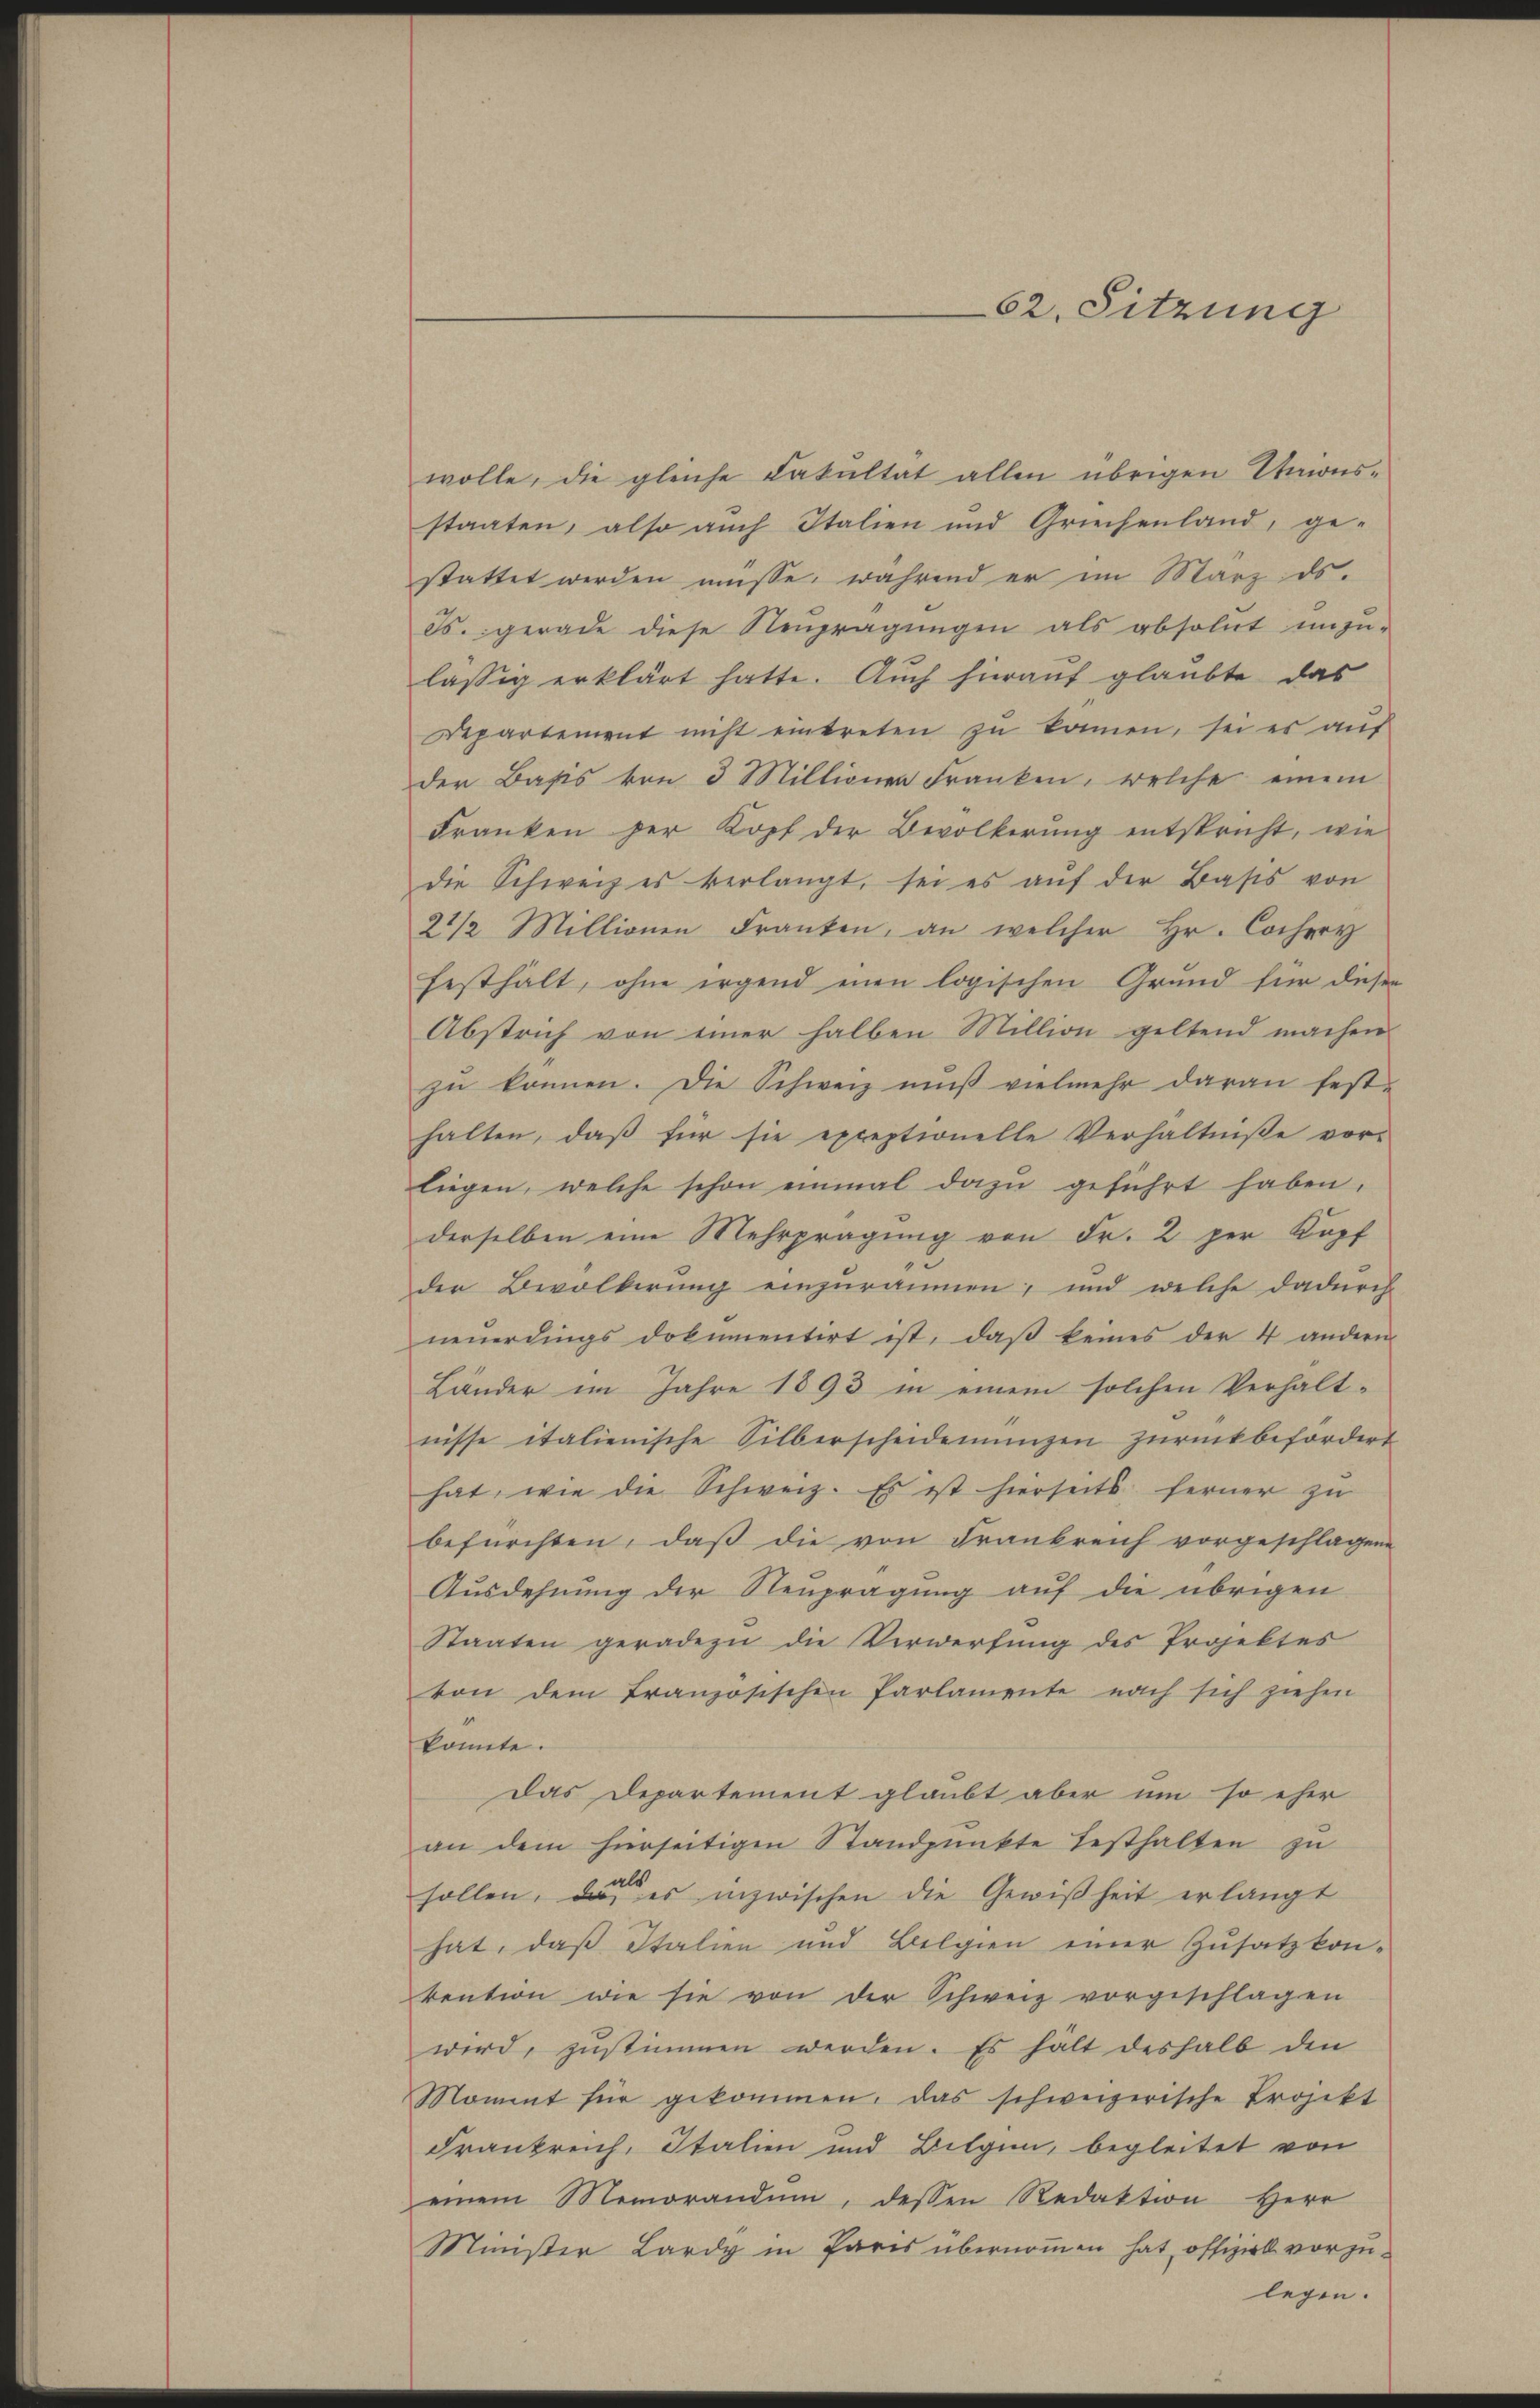
62. Sitzung

wolle, die gleiche Fakultat allen übrigen Kaionsstaaten, also auch Italien und Griechenland, ge-
stattet werden müsse, während er im März ds.
Es. gerade diese Neuprägungen als absolut unzu-
lässig erklärt hatte. Auch hierauf glaubte das
Departement nicht eintreten zu kommen, sei es auf
der Basis von 3 Millionen Franken, welche einem
Franken per Kopf der Bevölkerung entspricht, wie
die Schweiz es verlangt, sei es aŭf der Basis von
22/2 Millionen Franken, an welcher Hr. Cochery
festhält, ohne irgend einen logischen Grund für dieser
Abstrich von einer halben Million geltend machen
zŭ können. Die Schweiz mŭβ vielmehr daran fest-
halten, daß für sie exceptionelle Verhältnisse vor-
liegen, welche schon einmal dazu geführt haben.
derselben eine Mehrprägung von Fr. 2 per Kopf
der Bevölkerung einzuräumen; und welche dadurch
neuerdings dokumentirt ist, daß keines der 4 andern
Länder im Jahre 1893 in einem solchen Verhält-
nisse italienische Silberscheidemungen zurückbefördert
hat, wie die Schweiz. Es ist hierseits ferner zu
befürchten, daß die von Frankreich vorgeschlagene
Ausdehnung der Neuprägung auf die übrigen
Staaten geradezu die Verwerfung des Projektes
von dem französischen Parlamente nach sich ziehen
konnte.
das Departement glaubt aber um so eher
an dem hierseitigen Standpunkte festhalten zu
sollen, da es inzwischen die Gewißheit erlangt
hat, daß Italien und Belgien einer Zusatz konkention wie sie von der Schweiz vorgeschlagen
wird, zustimmen werden. Es hält deshalb den
Moment für gekommen, das schweizerische Projekt
Frankreich, Italien und Bilgen, begleitet von
einem Memorandum, dessen Redaktion Herr
Minister Lardy in Paris übernommen hat, offiziell vorzu¬

legen.